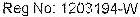
REG NO: 1203194-W